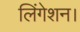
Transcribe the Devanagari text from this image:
लिंगेशन।